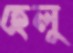
হেলু